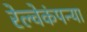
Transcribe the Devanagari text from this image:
रेल्वेकंपन्या